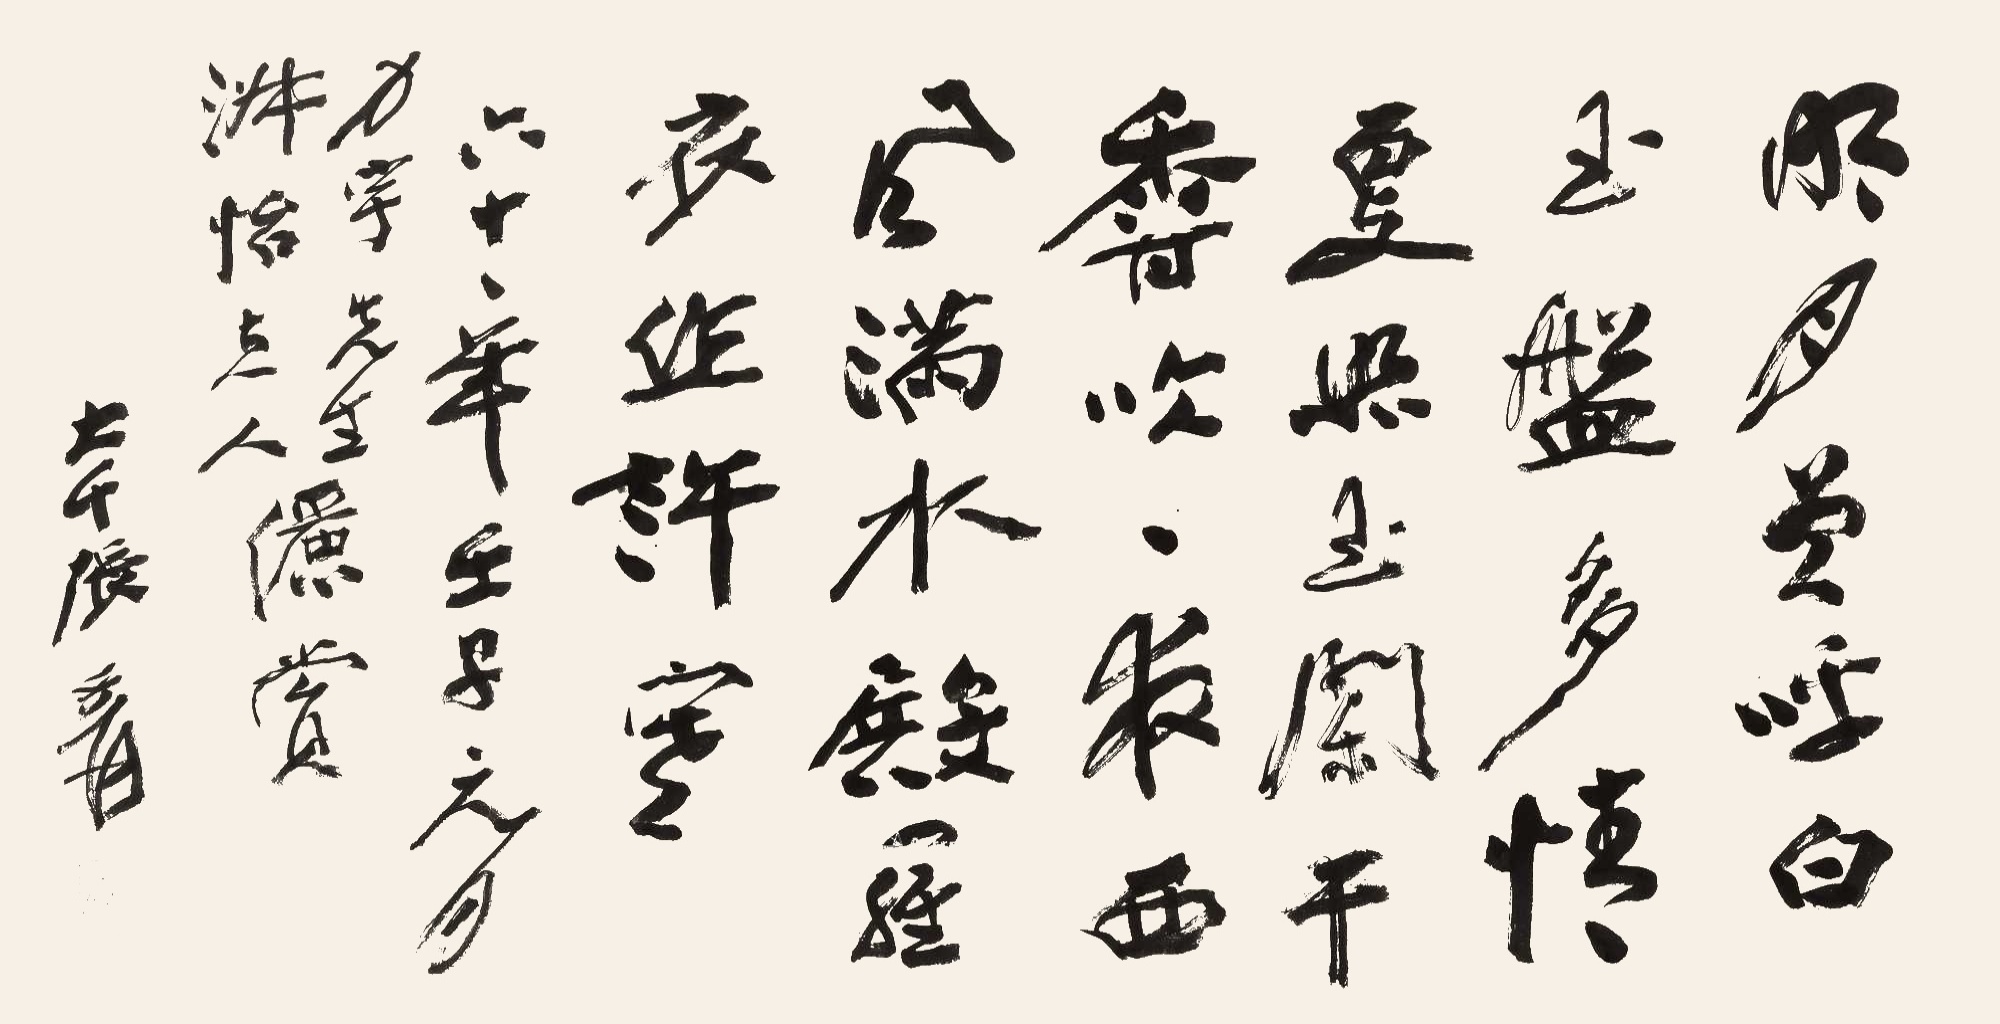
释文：明月曾呼白玉盘，多情更照玉栏干。香吹一夜西风满，水殿罗衣作许寒。六十一年壬子元月力宇先生，淑怡夫人俪赏。大千张爰。